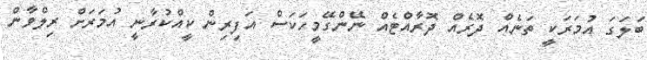
ބަލަގަ އުމަރަކީ ތަނެއް ދޮރެއް ދޮރާއްޓެއް ނޭންގޭމީހަކަސް އަފިރިން ކީއްކުރާނީ އުމަރަށް ރިލްވާން